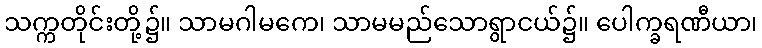
သက္ကတိုင်းတို့၌။ သာမဂါမကေ၊ သာမမည်သောရွာငယ်၌။ ပေါက္ခရဏီယာ၊